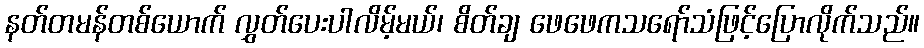
နတ်တမန်တစ်ယောက် လွှတ်ပေးပါလိမ့်မယ်၊ စိတ်ချ ဖေဖေကသရော်သံဖြင့်ပြောလိုက်သည်။